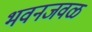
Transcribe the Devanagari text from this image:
भवनजवळ